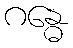
ဂန္ဓေ